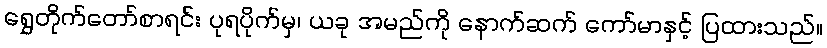
ရွှေတိုက်တော်စာရင်း ပုရပိုက်မှ၊ ယခု အမည်ကို နောက်ဆက် ကော်မာနှင့် ပြထားသည်။